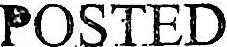
POSTED